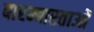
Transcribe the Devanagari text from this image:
बारम्बारताओं